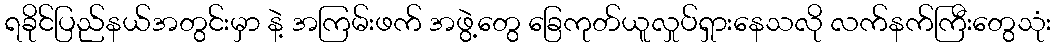
ရခိုင်ပြည်နယ်အတွင်းမှာ နဲ့ အကြမ်းဖက် အဖွဲ့တွေ ခြေကုတ်ယူလှုပ်ရှားနေသလို လက်နက်ကြီးတွေသုံး